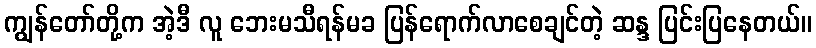
ကျွန်တော်တို့က အဲ့ဒီ လူ ဘေးမသီရန်မခ ပြန်ရောက်လာစေချင်တဲ့ ဆန္ဒ ပြင်းပြနေတယ်။